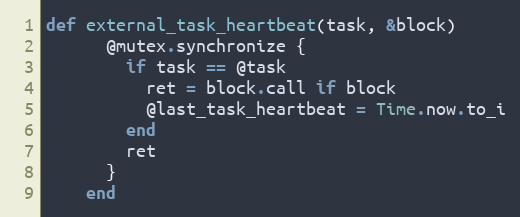
Language: Ruby
def external_task_heartbeat(task, &block)
      @mutex.synchronize {
        if task == @task
          ret = block.call if block
          @last_task_heartbeat = Time.now.to_i
        end
        ret
      }
    end